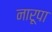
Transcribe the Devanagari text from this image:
नारूपा